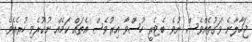
ޖަހާލާނެ ވަގުތެއްވެސް ނުވެ ބެޓެރީ ހުސްވާ އިރުވެސް އެތައް ކަމެއް ނުކުރެވި ހުރެއެވެ.